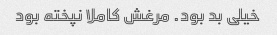
خیلی بد بود. مرغش کاملا نپخته بود